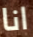
انا